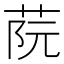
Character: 𦰟